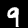
Digit: 9